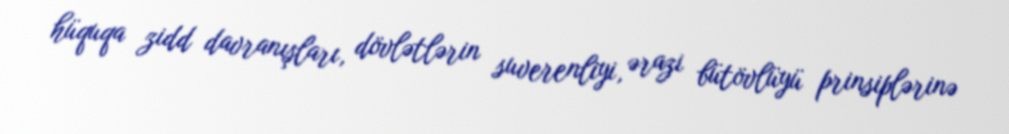
hüquqa zidd davranışları, dövlətlərin suverenliyi, ərazi bütövlüyü prinsiplərinə